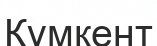
Қүмкент